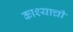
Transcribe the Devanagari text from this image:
काश्याची